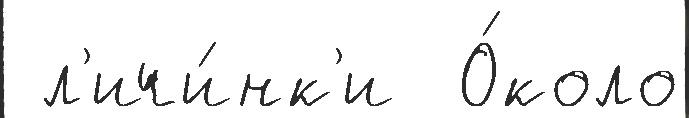
 л'ичи́нк'и  О́коло